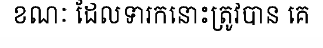
ខណៈ ដែលទារកនោះត្រូវបាន គេ